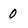
Character: 0